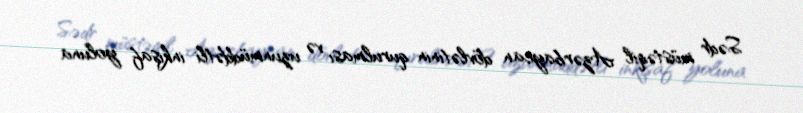
Sədr müstəqil Azərbaycan dövlətinin qurulması və uzunmüddətli inkişaf yoluna